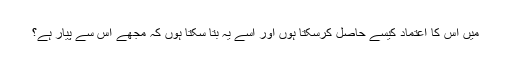
میں اس کا اعتماد کیسے حاصل کرسکتا ہوں اور اسے یہ بتا سکتا ہوں کہ مجھے اس سے پیار ہے؟